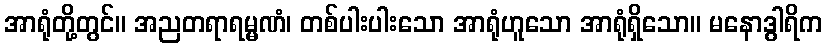
အာရုံတို့တွင်။ အညတရာရမ္မဏံ၊ တစ်ပါးပါးသော အာရုံဟူသော အာရုံရှိသော။ မနောဒွါရိက